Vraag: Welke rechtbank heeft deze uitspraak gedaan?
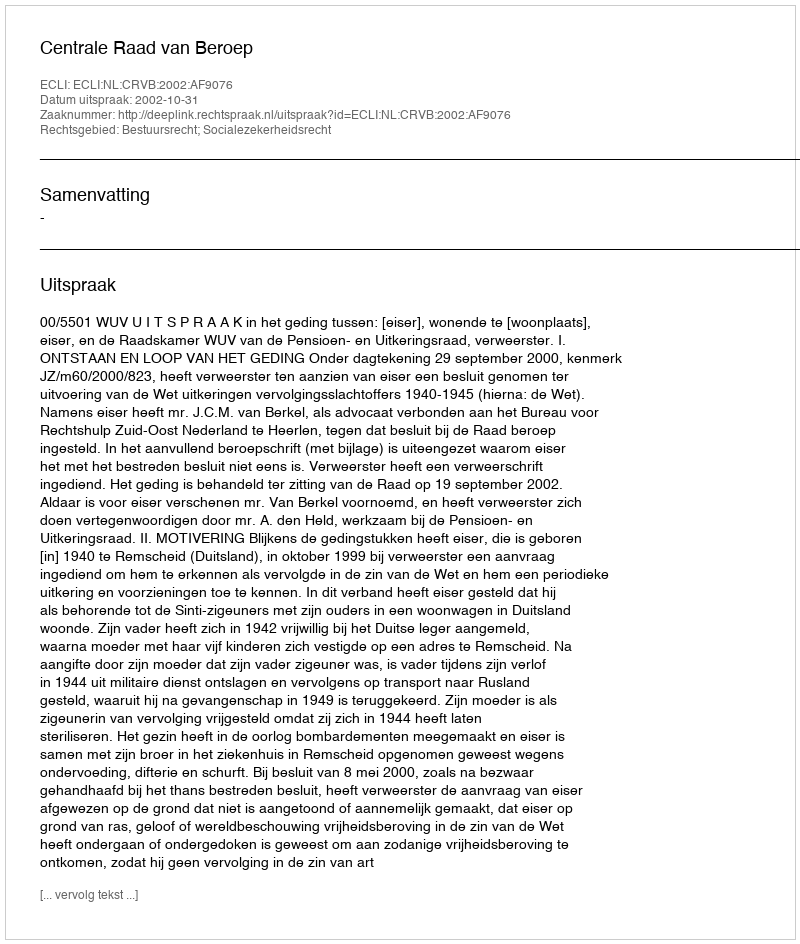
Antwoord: Centrale Raad van Beroep